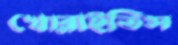
খোব্‌লাইতিস